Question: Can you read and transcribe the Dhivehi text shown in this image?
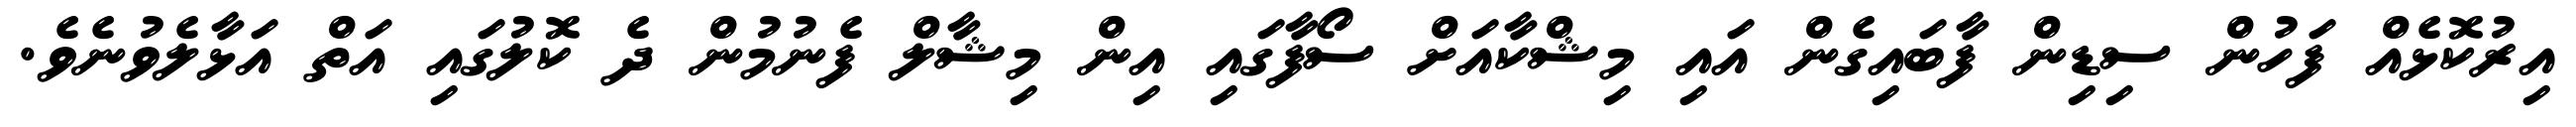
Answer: އިރުކޮޅެއް ފަހުން ސިޑިން ފާބައިގެން އައި މިޝްކާއަށް ސޯފާގައި އިން މިޝާލް ފެނުމުން ދެ ކޮލުގައި އަތް އަޅާލެވުނެވެ.